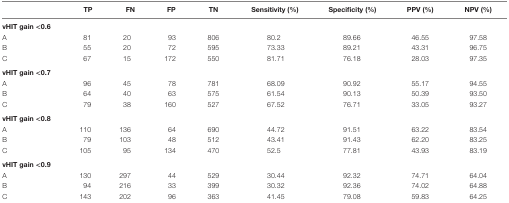
|  | TP | FN | FP | TN | Sensitivity (%) | Specificity (%) | PPV (%) | NPV (%) |
 | --- | --- | --- | --- | --- | --- | --- | --- | --- |
 | vHIT gain <0.6 |
 | A | 81 | 20 | 93 | 806 | 80.2 | 89.66 | 46.55 | 97.58 |
 | B | 55 | 20 | 72 | 595 | 73.33 | 89.21 | 43.31 | 96.75 |
 | C | 67 | 15 | 172 | 550 | 81.71 | 76.18 | 28.03 | 97.35 |
 | vHIT gain <0.7 |
 | A | 96 | 45 | 78 | 781 | 68.09 | 90.92 | 55.17 | 94.55 |
 | B | 64 | 40 | 63 | 575 | 61.54 | 90.13 | 50.39 | 93.50 |
 | C | 79 | 38 | 160 | 527 | 67.52 | 76.71 | 33.05 | 93.27 |
 | vHIT gain <0.8 |
 | A | 110 | 136 | 64 | 690 | 44.72 | 91.51 | 63.22 | 83.54 |
 | B | 79 | 103 | 48 | 512 | 43.41 | 91.43 | 62.20 | 83.25 |
 | C | 105 | 95 | 134 | 470 | 52.5 | 77.81 | 43.93 | 83.19 |
 | vHIT gain <0.9 |
 | A | 130 | 297 | 44 | 529 | 30.44 | 92.32 | 74.71 | 64.04 |
 | B | 94 | 216 | 33 | 399 | 30.32 | 92.36 | 74.02 | 64.88 |
 | C | 143 | 202 | 96 | 363 | 41.45 | 79.08 | 59.83 | 64.25 |